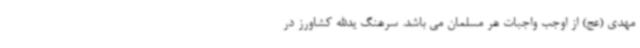
مهدی (عج) از اوجب واجبات هر مسلمان می باشد. سرهنگ یدالله کشاورز در